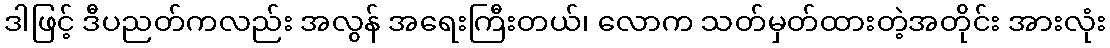
ဒါဖြင့် ဒီပညတ်ကလည်း အလွန် အရေးကြီးတယ်၊ လောက သတ်မှတ်ထားတဲ့အတိုင်း အားလုံး